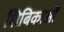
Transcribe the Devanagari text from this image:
शिबिकाओं